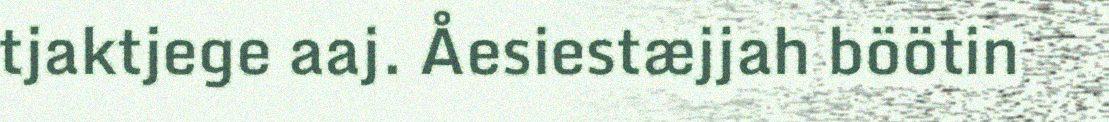
tjaktjege aaj. Åesiestæjjah böötin